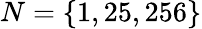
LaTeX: N=\{ 1,25,256\}